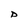
Character: D